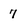
Character: 7